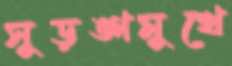
সুড়ঙ্গমুখে